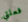
فعلتي